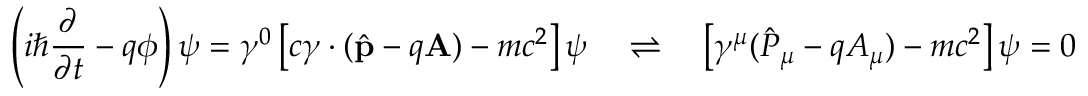
\left( i \hbar { \frac { \partial } { \partial t } } - q \phi \right) \psi = \gamma ^ { 0 } \left[ c { \boldsymbol { \gamma } } \cdot { ( { \hat { \mathbf { p } } } - q \mathbf { A } ) } - m c ^ { 2 } \right] \psi \quad \rightleftharpoons \quad \left[ \gamma ^ { \mu } ( { \hat { P } } _ { \mu } - q A _ { \mu } ) - m c ^ { 2 } \right] \psi = 0